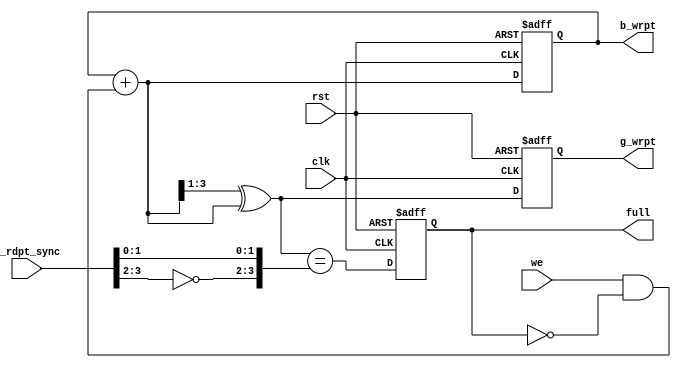
module write_pointer(clk,rst,we,g_rdpt_sync,b_wrpt,g_wrpt,full);

	parameter pt=3;

	input clk,rst,we;
	input [pt:0]g_rdpt_sync;
	output reg full;
	output reg[pt:0]b_wrpt,g_wrpt;
	wire [pt:0]next_b_wrptr,next_g_wrptr;

	assign next_b_wrptr=b_wrpt+(we & !full);
	assign next_g_wrptr=(next_b_wrptr >> 1)^next_b_wrptr;
	assign nxt_full=(next_g_wrptr == {~g_rdpt_sync[pt:pt-1],g_rdpt_sync[pt-2:0]});

	always@(posedge clk,negedge rst)
	begin
		if(!rst)
		begin
			b_wrpt<=0;
			g_wrpt<=0;
		end
		else
		begin
			b_wrpt<=next_b_wrptr;
			g_wrpt<=next_g_wrptr;
		end
	end


	always@(posedge clk,negedge rst)
	begin
		if(!rst)
		begin
			full<=0;
		end
		else
			full<=nxt_full;
	end

endmodule